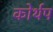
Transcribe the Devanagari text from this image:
कोर्थप